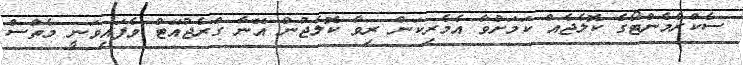
ސެކްރެމެންޓޯގެ ކޮލެޖެއް ކަމަށްވާ އެމެރިކަން ރިވާ ކޮލެޖުން އޭނާ ގްރެޖުއޭޓް ވެފައިވަނީ މެތްސް